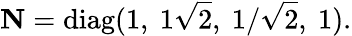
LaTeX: {\mathbf N}=\mathrm{diag}(1,\ 1\sqrt{2},\ 1/\sqrt{2},\ 1).